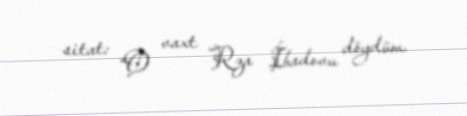
sitat: “O vaxt Rza İbadovu döydüm.